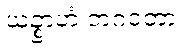
ယဉ္စာဟံ ဘဂဝတာ